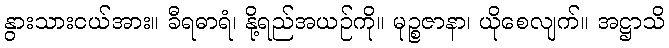
နွားသားငယ်အား။ ခီရဓာရံ၊ နို့ရည်အယဉ်ကို။ မုဉ္စဇာနာ၊ ယိုစေလျက်။ အဋ္ဌာသိ